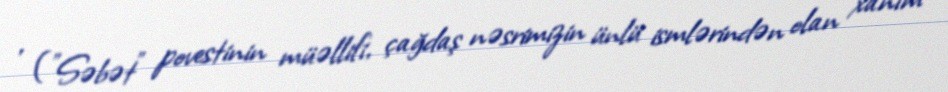
, ("Səbət" povestinin müəllifi, çağdaş nəsrimizin ünlü ismlərindən olan xanım